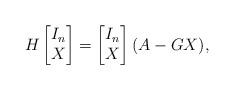
LaTeX: \begin{align*} H\begin{bmatrix}I_n \\ X\end{bmatrix}=\begin{bmatrix}I_n \\ X\end{bmatrix}(A-GX),\end{align*}